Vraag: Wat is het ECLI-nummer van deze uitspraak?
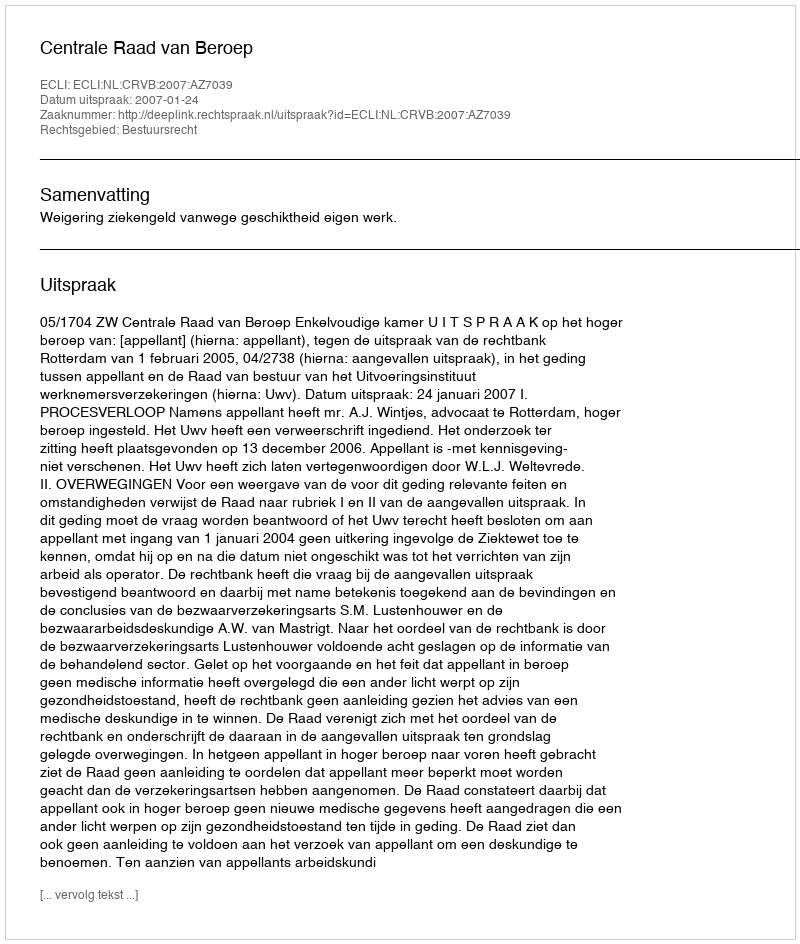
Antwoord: ECLI:NL:CRVB:2007:AZ7039